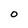
Character: O